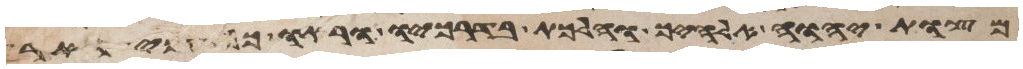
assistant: מצות יהוה אלהיך והלכת בדרכיו וראו כל עמי הארץ